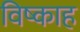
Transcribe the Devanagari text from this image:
विष्काह